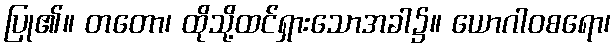
ပြု၏။ တတော၊ ထိုသို့ထင်ရှားသောအခါ၌။ ယောဂါဝစရော၊